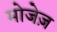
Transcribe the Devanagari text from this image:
मोजेज़